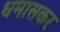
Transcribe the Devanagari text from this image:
धमासकर